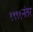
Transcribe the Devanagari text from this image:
१९९१नंतर